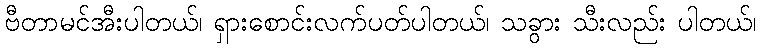
ဗီတာမင်အီးပါတယ်၊ ရှားစောင်းလက်ပတ်ပါတယ်၊ သခွား သီးလည်း ပါတယ်၊